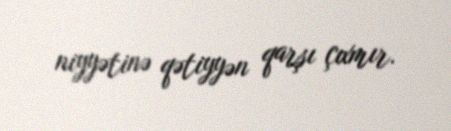
niyyətinə qətiyyən qarşı çıxmır.